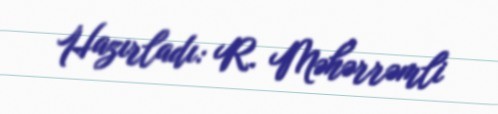
Hazırladı: R. Məhərrəmli